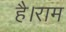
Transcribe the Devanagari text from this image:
है।राम